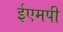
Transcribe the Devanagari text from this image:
ईएमपी